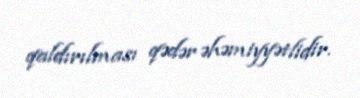
qaldırılması qədər əhəmiyyətlidir.